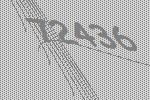
72436